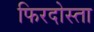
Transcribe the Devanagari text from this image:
फिरदोस्ता